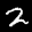
Label: 2